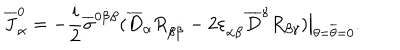
\overline { { J } } _ { \dot { \alpha } } ^ { 0 } = - { \frac { i } { 2 } } \overline { { \sigma } } ^ { 0 \dot { \beta } \beta } ( \overline { { D } } _ { \dot { \alpha } } R _ { \beta \dot { \beta } } - 2 \varepsilon _ { \dot { \alpha } \dot { \beta } } \overline { { D } } ^ { \dot { \gamma } } R _ { \beta \dot { \gamma } } ) \bigr | _ { \theta = \overline { { \theta } } = 0 } .